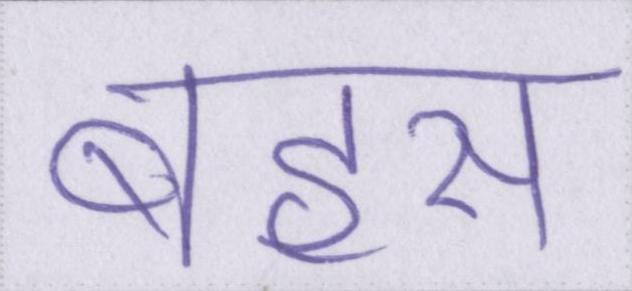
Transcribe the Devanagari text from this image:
बहस